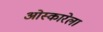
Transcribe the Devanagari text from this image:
ओस्कारेला